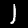
Digit: 1